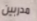
مدربين